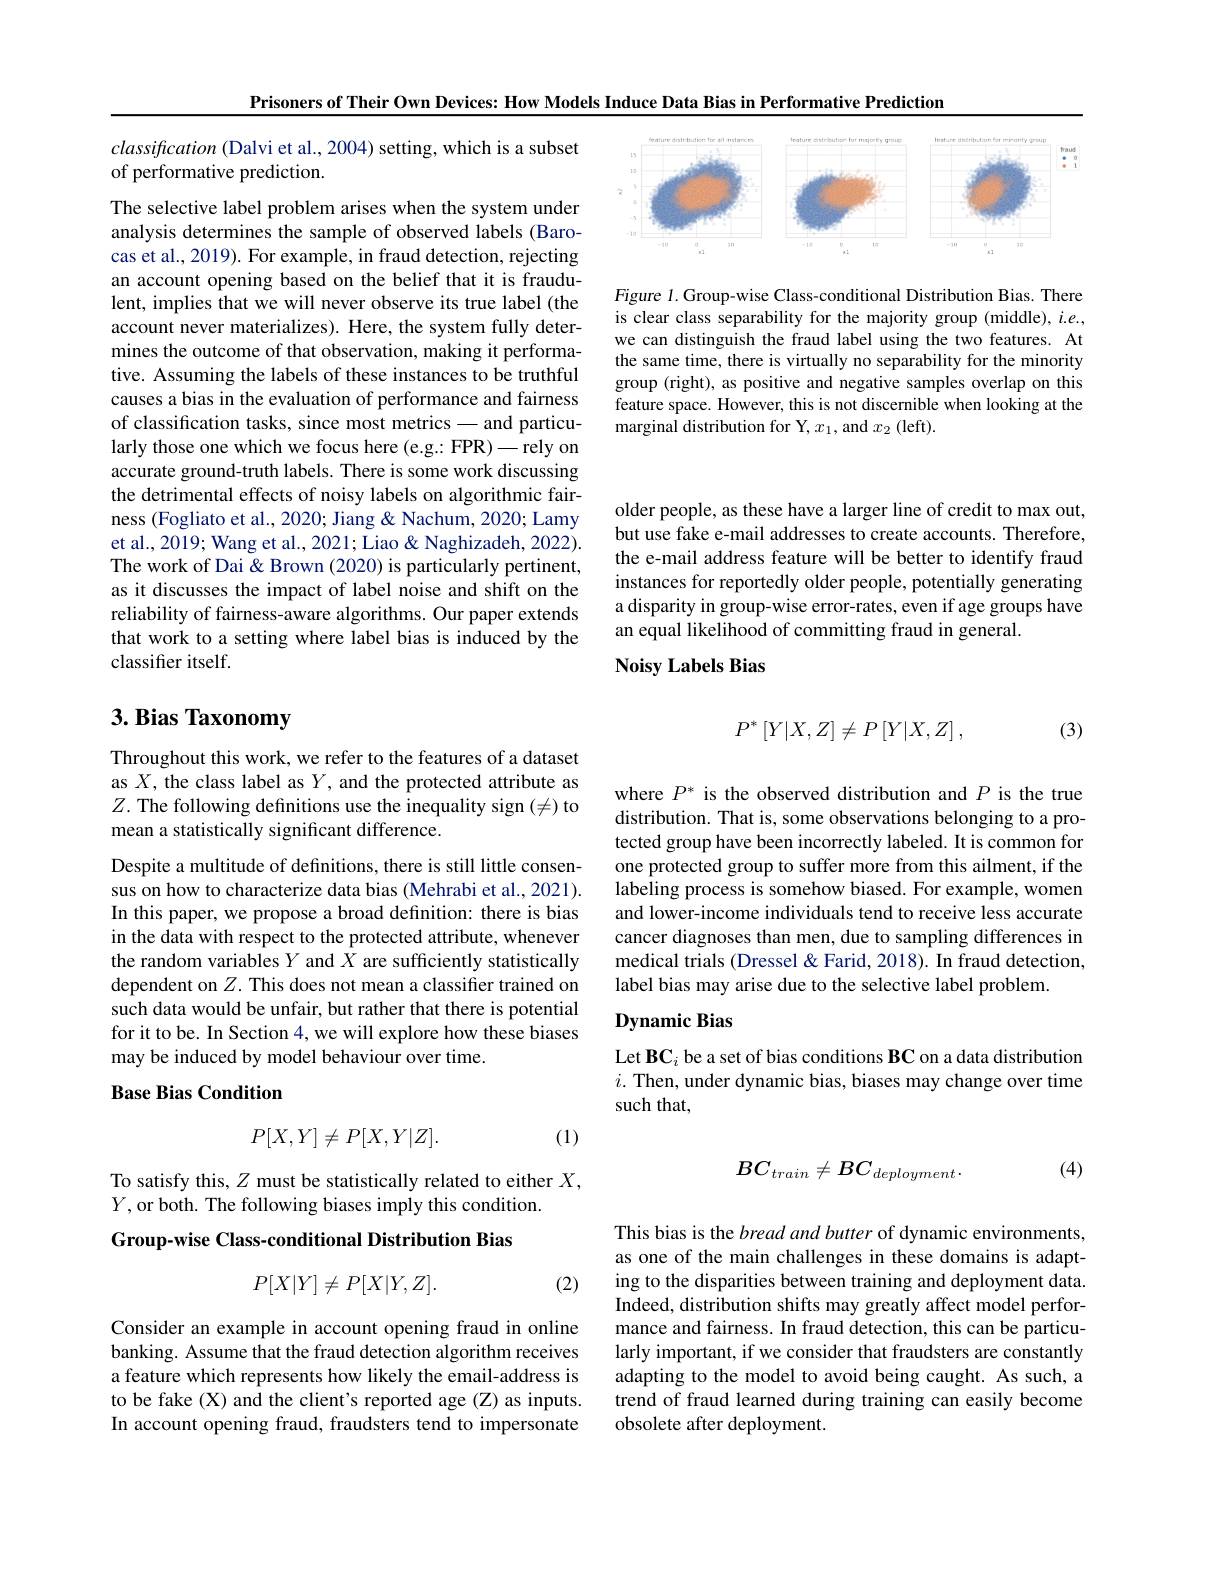
Prisoners of Their Own Devices: How Models Induce Data Bias in Performative Prediction

<FigureHere>

Figure 1. Group-wise Class-conditional Distribution Bias. There is clear class separability for the majority group (middle), $i.e.$, we can distinguish the fraud label using the two features. At the same time, there is virtually no separability for the minority group (right), as positive and negative samples overlap on this feature space. However, this is not discernible when looking at the marginal distribution for Y, $x_1$, and $x_2$ (left).

classification (Dalvi et al., 2004) setting, which is a subset
of performative prediction.

The selective label problem arises when the system under analysis determines the sample of observed labels (Barocas et al., 2019). For example, in fraud detection, rejecting an account opening based on the belief that it is fraudulent, implies that we will never observe its true label (the account never materializes). Here, the system fully determines the outcome of that observation, making it performative. Assuming the labels of these instances to be truthful causes a bias in the evaluation of performance and fairness of classification tasks, since most metrics- and particularly those one which we focus here (e.g.: FPR)—rely on accurate ground-truth labels. There is some work discussing the detrimental effects of noisy labels on algorithmic fairness (Fogliato et al., 2020; Jiang & Nachum, 2020; Lamy et al., 2019; Wang et al., 2021; Liao & Naghizadeh, 2022). The work of Dai & Brown (2020) is particularly pertinent, as it discusses the impact of label noise and shift on the reliability of fairness-aware algorithms. Our paper extends that work to a setting where label bias is induced by the classifier itself.

# $3. \textbf{Bias Taxonomy}$

Throughout this work, we refer to the features of a dataset as $X$, the class label as $Y$, and the protected attribute as $Z.$ The following definitions use the inequality sign (=) to mean a statistically significant difference.

Despite a multitude of definitions, there is still little consensus on how to characterize data bias (Mehrabi et al., 2021). In this paper, we propose a broad definition: there is bias in the data with respect to the protected attribute, whenever the random variables $Y$ and $X$ are sufficiently statistically dependent on $Z.$ This does not mean a classifier trained on such data would be unfair, but rather that there is potential for it to be. In Section 4, we will explore how these biases may be induced by model behaviour over time.

## Base Bias Condition
$$P[X,Y]\neq P[X,Y|Z].$$
(1)

## To satisfy this, $Z$ must be statistically related to either $X$, $Y$,or both. The following biases imply this condition. Group-wise Class-conditional Distribution Bias

(2)
$$P[X|Y]\neq P[X|Y,Z].$$
Consider an example in account opening fraud in online banking. Assume that the fraud detection algorithm receives a feature which represents how likely the email-address is to be fake (X) and the client's reported age (Z) as inputs. In account opening fraud, fraudsters tend to impersonate

older people, as these have a larger line of credit to max out, but use fake e-mail addresses to create accounts. Therefore, the e-mail address feature will be better to identify fraud instances for reportedly older people, potentially generating a disparity in group-wise error-rates, even if age groups have an equal likelihood of committing fraud in general.

Noisy Labels Bias

(3)
$$P^{*}\left[Y|X,Z\right]\neq P\left[Y|X,Z\right],$$
where $P^*$ is the observed distribution and $P$ is the true distribution. That is, some observations belonging to a protected group have been incorrectly labeled. It is common for one protected group to suffer more from this ailment, if the $\hat{\text{labeling process is somehow biased. For example, women}}$ and lower-income individuals tend to receive less accurate cancer diagnoses than men, due to sampling differences in medical trials (Dressel&Farid,2018). In fraud detection, label bias may arise due to the selective label problem.

## Dynamic Bias

Let BC$_i$ be a set of bias conditions BC on a data distribution $i.$ Then, under dynamic bias, biases may change over time such that,
$$BC_{train}\neq BC_{deployment}.$$
(4)

This bias is the bread and butter of dynamic environments, as one of the main challenges in these domains is adapting to the disparities between training and deployment data. Indeed, distribution shifts may greatly affect model performance and fairness. In fraud detection, this can be particularly important, if we consider that fraudsters are constantly adapting to the model to avoid being caught. As such, a trend of fraud learned during training can easily become obsolete after deployment.